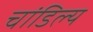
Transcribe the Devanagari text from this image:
चांडिल्य